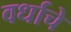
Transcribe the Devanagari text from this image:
वर्धाचे